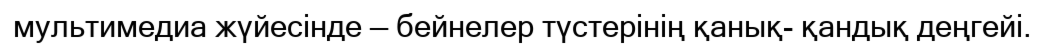
мультимедиа жүйесінде — бейнелер түстерінің қанық- қандық деңгейі.